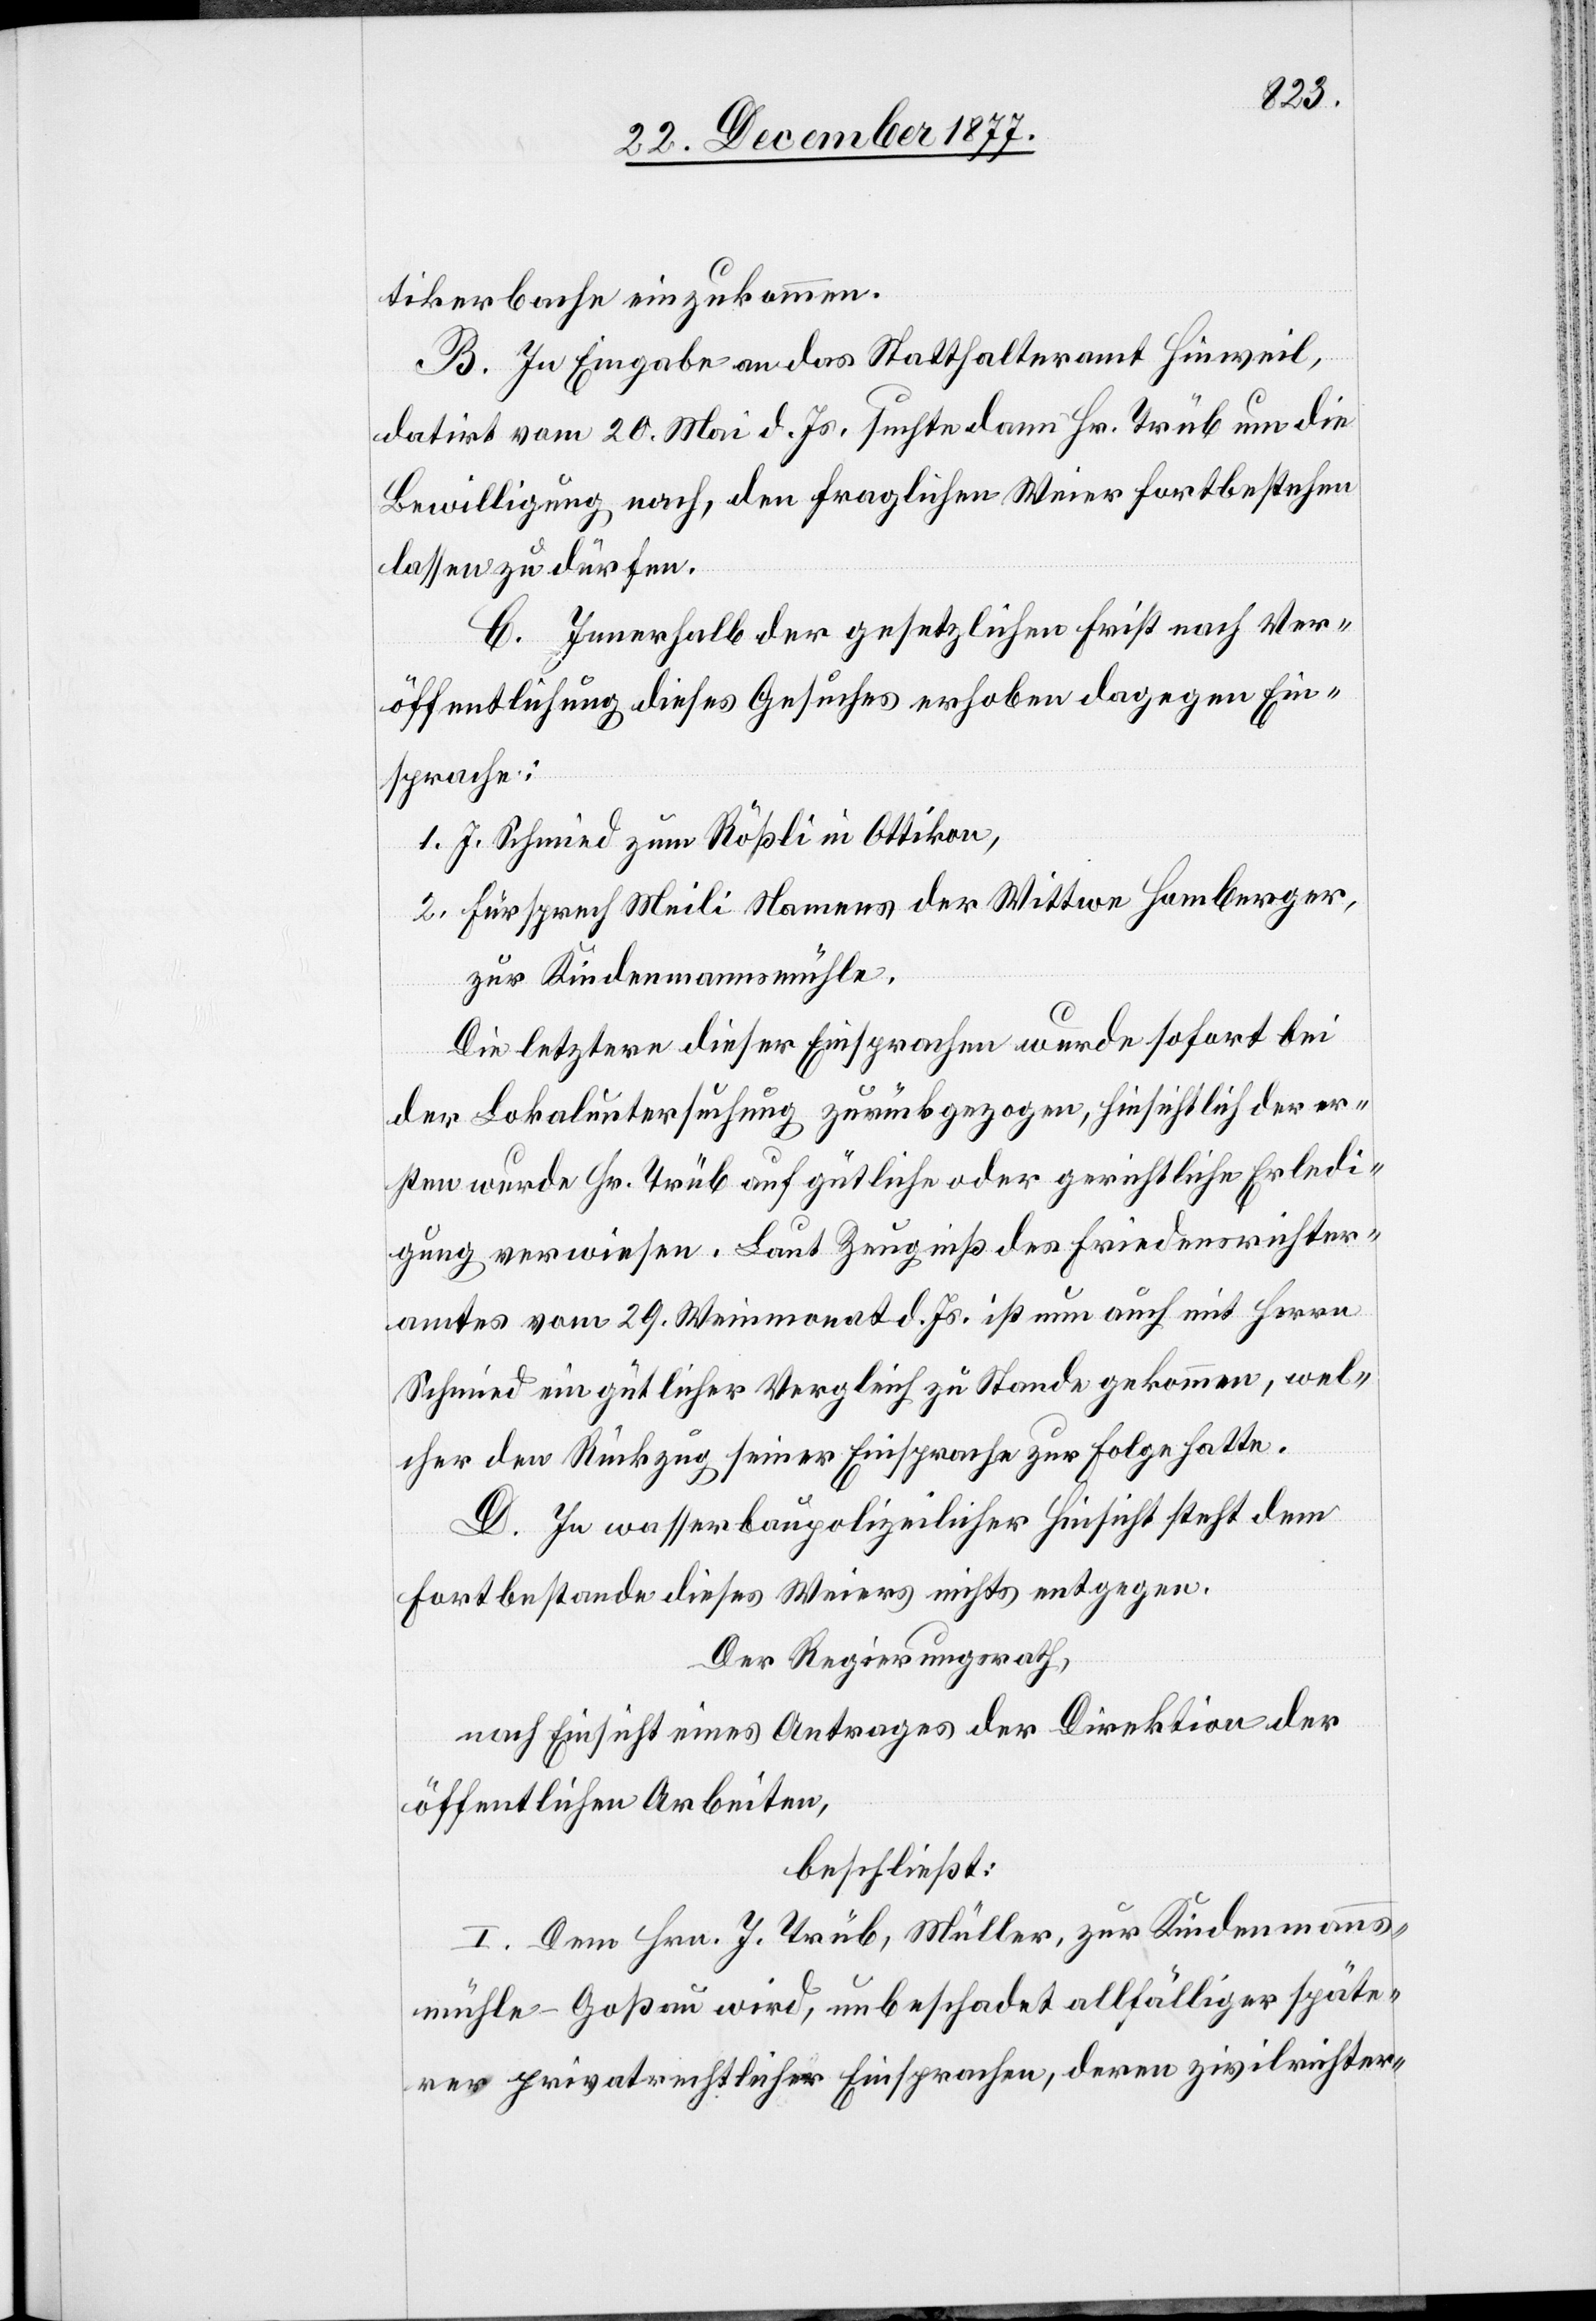
tikerbache einzukommen.
B. In Eingabe an das Statthalteramt Hinweil,
datirt vom 20. Mai d. Js. suchte dann Hr. Trüb um die
Bewilligung nach, den fraglichen Weier fortbestehen
lassen zu dürfen.
C. Innerhalb der gesetzlichen Frist nach Ver¬
öffentlichung dieses Gesuches erhoben dagegen Ein¬
sprache:
1. J. Schmied zum Rößli in Ottikon,
2. Fürsprech Meili Namens der Wittwe Homberger,
zur Kindenmannsmühle.
Die letztere dieser Einsprachen wurde sofort bei
der Lokaluntersuchung zurückgezogen, hinsichtlich der er¬
sten wurde Hr. Trüb auf gütliche oder gerichtliche Erledi¬
gung verwiesen. Laut Zeugniß des Friedensrichter¬
amtes vom 29. Weinmonat d. Js. ist nun auch mit Herrn
Schmied ein gütlicher Vergleich zu Stande gekommen, wel¬
cher den Rückzug seiner Einsprache zur Folge hatte.
D. In wasserbaupolizeilicher Hinsicht steht dem
Fortbestande dieses Weiers nichts entgegen.
Der Regierungsrath,
nach Einsicht eines Antrages der Direktion der
öffentlichen Arbeiten,
beschließt:
I. Dem Hrn. J. Trüb, Müller, zur Kindenmanns¬
mühle - Goßau wird, unbeschadet allfälliger späte¬
rer privatrechtlicher Einsprachen, deren zivilrichter-